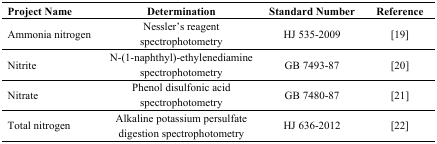
| Project Name | Determination | Standard Number | Reference |
 | --- | --- | --- | --- |
 | Ammonia nitrogen | Nessler’s reagent spectrophotometry | HJ 535-2009 | [19] |
 | Nitrite | N-(1-naphthyl)-ethylenediamine spectrophotometry | GB 7493-87 | [20] |
 | Nitrate | Phenol disulfonic acid spectrophotometry | GB 7480-87 | [21] |
 | Total nitrogen | Alkaline potassium persulfate digestion spectrophotometry | HJ 636-2012 | [22] |